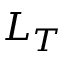
L _ { T }